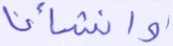
وأنشأنا